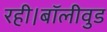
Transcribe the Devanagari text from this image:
रही।बॉलीवुड